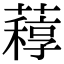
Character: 𦽑